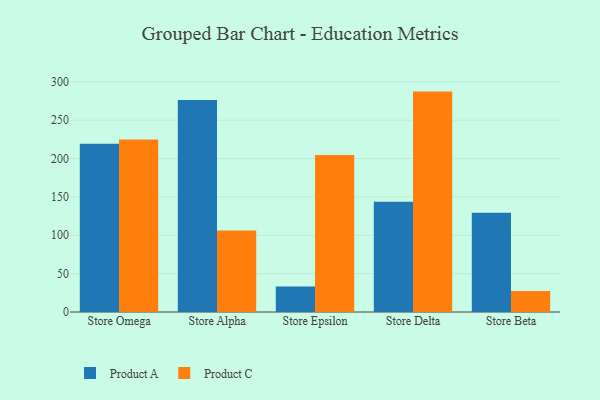
{"axis": {"x": "Store", "y": "Customer Acquisition Cost (USD)"}, "legend": ["Product A", "Product C"], "data": [{"x": "Store Omega", "y": 219.4, "type": "Product A"}, {"x": "Store Omega", "y": 224.8, "type": "Product C"}, {"x": "Store Alpha", "y": 276.2, "type": "Product A"}, {"x": "Store Alpha", "y": 106.2, "type": "Product C"}, {"x": "Store Epsilon", "y": 33.1, "type": "Product A"}, {"x": "Store Epsilon", "y": 204.7, "type": "Product C"}, {"x": "Store Delta", "y": 143.6, "type": "Product A"}, {"x": "Store Delta", "y": 287.2, "type": "Product C"}, {"x": "Store Beta", "y": 129.4, "type": "Product A"}, {"x": "Store Beta", "y": 27.3, "type": "Product C"}]}